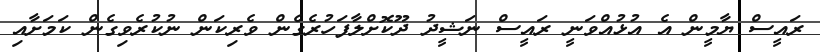
ރައީސް ޔާމީން އެ އުޅުއްވަނީ ރައީސް ނަޝީދު ދޫކޮށްލާފަހުރެގެން ވެރިކަން ނުކުރެވިގެން ކަމަށާއި